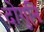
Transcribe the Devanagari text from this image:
दोगुनि